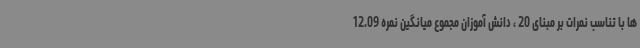
ها با تناسب نمرات بر مبنای 20 ، دانش آموزان مجموع میانگین نمره 12.09